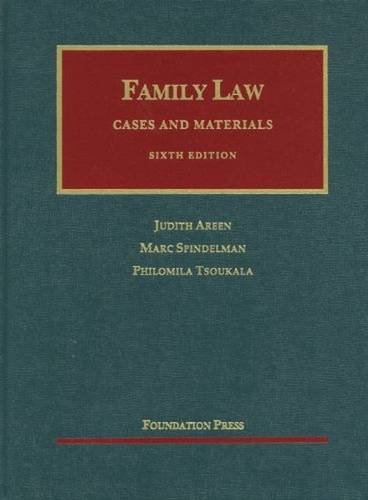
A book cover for Family Law: Cases and Materials, 6th Edition (University Casebook); Judith Areen; Law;